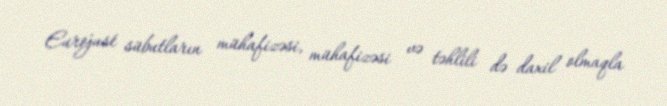
Eurojust sübutların mühafizəsi, mühafizəsi və təhlili də daxil olmaqla